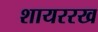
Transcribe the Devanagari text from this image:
शायररख